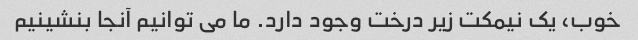
خوب، یک نیمکت زیر درخت وجود دارد. ما می توانیم آنجا بنشینیم